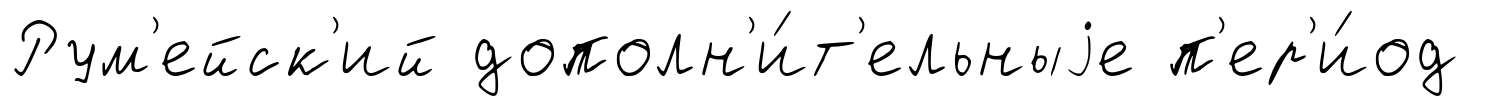
Рум'ейск'ий дополн'и́т'ельныjе п'ер'и́од